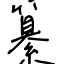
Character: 纂